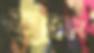
মুরোদ